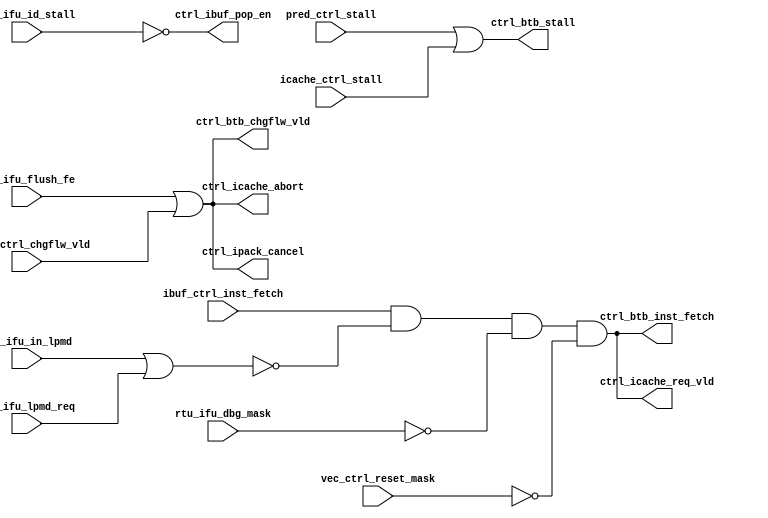
/*Copyright 2020-2021 T-Head Semiconductor Co., Ltd.

Licensed under the Apache License, Version 2.0 (the "License");
you may not use this file except in compliance with the License.
You may obtain a copy of the License at

    http://www.apache.org/licenses/LICENSE-2.0

Unless required by applicable law or agreed to in writing, software
distributed under the License is distributed on an "AS IS" BASIS,
WITHOUT WARRANTIES OR CONDITIONS OF ANY KIND, either express or implied.
See the License for the specific language governing permissions and
limitations under the License.
*/

// &ModuleBeg; @23
module aq_ifu_ctrl(
  cp0_ifu_in_lpmd,
  cp0_ifu_lpmd_req,
  ctrl_btb_chgflw_vld,
  ctrl_btb_inst_fetch,
  ctrl_btb_stall,
  ctrl_ibuf_pop_en,
  ctrl_icache_abort,
  ctrl_icache_req_vld,
  ctrl_ipack_cancel,
  ibuf_ctrl_inst_fetch,
  icache_ctrl_stall,
  idu_ifu_id_stall,
  pcgen_ctrl_chgflw_vld,
  pred_ctrl_stall,
  rtu_ifu_dbg_mask,
  rtu_ifu_flush_fe,
  vec_ctrl_reset_mask
);

// &Ports; @24
input        cp0_ifu_in_lpmd;      
input        cp0_ifu_lpmd_req;     
input        ibuf_ctrl_inst_fetch; 
input        icache_ctrl_stall;    
input        idu_ifu_id_stall;     
input        pcgen_ctrl_chgflw_vld; 
input        pred_ctrl_stall;      
input        rtu_ifu_dbg_mask;     
input        rtu_ifu_flush_fe;     
input        vec_ctrl_reset_mask;  
output       ctrl_btb_chgflw_vld;  
output       ctrl_btb_inst_fetch;  
output       ctrl_btb_stall;       
output       ctrl_ibuf_pop_en;     
output       ctrl_icache_abort;    
output       ctrl_icache_req_vld;  
output       ctrl_ipack_cancel;    

// &Regs; @25

// &Wires; @26
wire         cp0_ifu_in_lpmd;      
wire         cp0_ifu_lpmd_req;     
wire         ctrl_btb_chgflw_vld;  
wire         ctrl_btb_inst_fetch;  
wire         ctrl_btb_stall;       
wire         ctrl_ibuf_pop_en;     
wire         ctrl_icache_abort;    
wire         ctrl_icache_req_vld;  
wire         ctrl_if_cancel;       
wire         ctrl_if_stall;        
wire         ctrl_inst_fetch;      
wire         ctrl_ipack_cancel;    
wire         ibuf_ctrl_inst_fetch; 
wire         icache_ctrl_stall;    
wire         idu_ifu_id_stall;     
wire         pcgen_ctrl_chgflw_vld; 
wire         pred_ctrl_stall;      
wire         rtu_ifu_dbg_mask;     
wire         rtu_ifu_flush_fe;     
wire         vec_ctrl_reset_mask;  


//==========================================================
// IFU Control Module
// 1. Inst Fetch Requet Valid Signal
// 2. Inst Fetch Stage Stall Signal
// 3. Flush Signal for IFU modules
//==========================================================

//------------------------------------------------
// 1. Inst Fetch Requet Valid Signal
// a. Fetch inst when chgflw or I-buf fetch  
// b. Not fetch when lpmd or debug on
//------------------------------------------------
assign ctrl_inst_fetch = ibuf_ctrl_inst_fetch 
                      && !(cp0_ifu_in_lpmd || cp0_ifu_lpmd_req)
                      && !rtu_ifu_dbg_mask
                      && !vec_ctrl_reset_mask;

//------------------------------------------------
// 2. Inst Fetch Stage Stall Signal
//------------------------------------------------
assign ctrl_if_stall = pred_ctrl_stall || icache_ctrl_stall;

//------------------------------------------------
// 3. Flush Signal for IFU modules
//------------------------------------------------
assign ctrl_if_cancel = rtu_ifu_flush_fe || pcgen_ctrl_chgflw_vld;

//==========================================================
// Rename for Output
//==========================================================

// Output to I-Buf
assign ctrl_ibuf_pop_en     = !idu_ifu_id_stall;
//assign ctrl_ibuf_chgflw_vld = ctrl_if_cancel;

// Output to ICache
assign ctrl_icache_req_vld  = ctrl_inst_fetch;
assign ctrl_icache_abort    = ctrl_if_cancel;

// Output to IPack
assign ctrl_ipack_cancel    = ctrl_if_cancel;

// Output to pcgen
//assign ctrl_pcgen_stall     = ctrl_if_stall;

// Output to BTB
assign ctrl_btb_stall       = ctrl_if_stall;
assign ctrl_btb_inst_fetch  = ctrl_inst_fetch;
assign ctrl_btb_chgflw_vld  = ctrl_if_cancel;

// &ModuleEnd; @78
endmodule